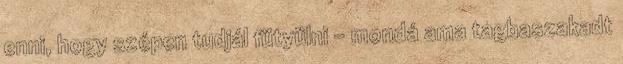
enni, hogy szépen tudjál fütyülni - mondá ama tagbaszakadt